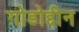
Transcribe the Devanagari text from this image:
गोडोद्दीन